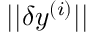
| | \delta \boldsymbol { y } ^ { ( i ) } | |